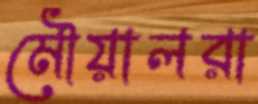
মৌয়ালরা